Veterinary regulations India, 1939 -
Year: 1939
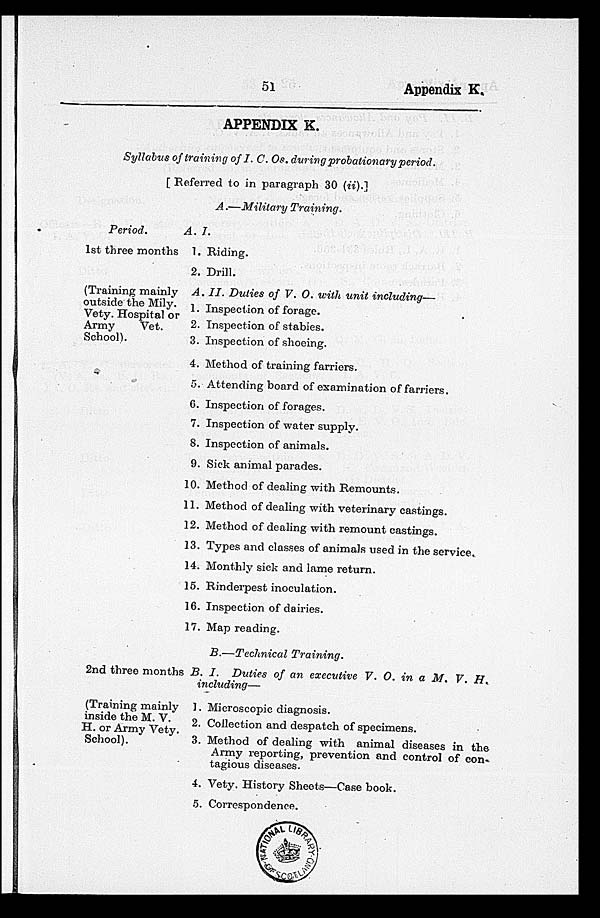
51
Appendix K.
APPENDIX K.
Syllabus of training of I. C. Os. during probationary period.
[Referred to in paragraph 30 (ii).]
A.—Military
Training.
Period.
1st three months
(Training mainly
outside the Mily.
Vety. Hospital or
Army
Vet.
School).
2nd three months
(Training mainly
inside the M. V.
H. or Army Vety.
School).
A. I.
1. Riding.
2. Drill.
A. II. Duties of V. O. with unit including—
1. Inspection of forage.
2. Inspection of stables.
3. Inspection of shoeing.
4. Method of training farriers.
5. Attending board of examination of farriers.
6. Inspection of forages.
7. Inspection of water supply.
8. Inspection of animals.
9. Sick animal parades.
10. Method of dealing with Remounts.
11. Method of dealing with veterinary castings.
12. Method of dealing with remount castings.
13. Types and classes of animals used in the service.
14. Monthly sick and lame return.
15. Rinderpest inoculation.
16. Inspection of dairies.
17. Map reading.
B.—Technical
Training.
B. I. Duties of an executive V. O. in a M. V. H.
including—
1. Microscopic diagnosis.
2. Collection and despatch of specimens.
3. Method of dealing with animal diseases in the
Army reporting, prevention and control of con-
tagious diseases.
4. Vety. History Sheets—Case book.
5. Correspondence.